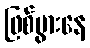
ဖြစ်ပွားနေ